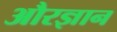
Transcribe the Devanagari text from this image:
औरज्ञान